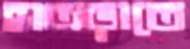
হাতড়াতে